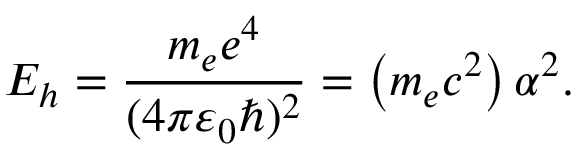
E _ { h } = \frac { m _ { e } e ^ { 4 } } { ( 4 \pi \varepsilon _ { 0 } \hbar ) ^ { 2 } } = \left( m _ { e } c ^ { 2 } \right) \alpha ^ { 2 } .